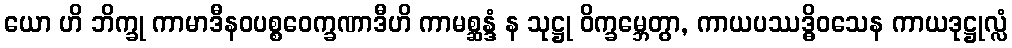
ယော ဟိ ဘိက္ခု ကာမာဒီနဝပစ္စဝေက္ခဏာဒီဟိ ကာမစ္ဆန္ဒံ န သုဋ္ဌု ဝိက္ခမ္ဘေတွာ, ကာယပဿဒ္ဓိဝသေန ကာယဒုဋ္ဌုလ္လံ